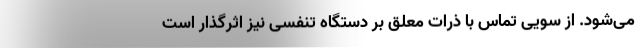
می‌شود. از سویی تماس با ذرات معلق بر دستگاه تنفسی نیز اثرگذار است